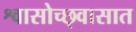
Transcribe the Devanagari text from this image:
श्वासोच्छ्वासात